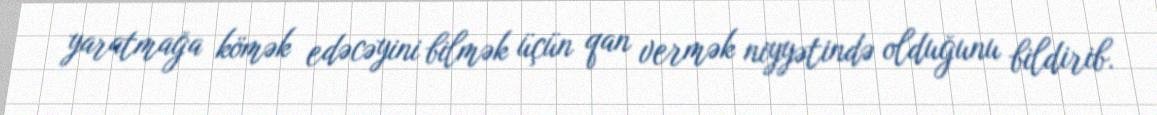
yaratmağa kömək edəcəyini bilmək üçün qan vermək niyyətində olduğunu bildirib.